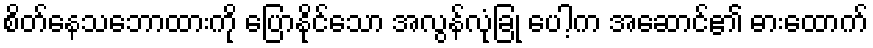
စိတ်နေသဘောထားကို ပြောနိုင်သော အလွန်လုံခြုံ ပေါ့က အဆောင်၏ ဓားထောက်